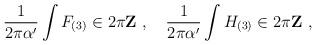
LaTeX: \begin{align*}\frac{1}{2\pi\alpha'} \int F_{(3)} \in 2\pi{\bf Z}\ ,\quad\frac{1}{2\pi\alpha'} \int H_{(3)} \in 2\pi{\bf Z}\ ,\end{align*}